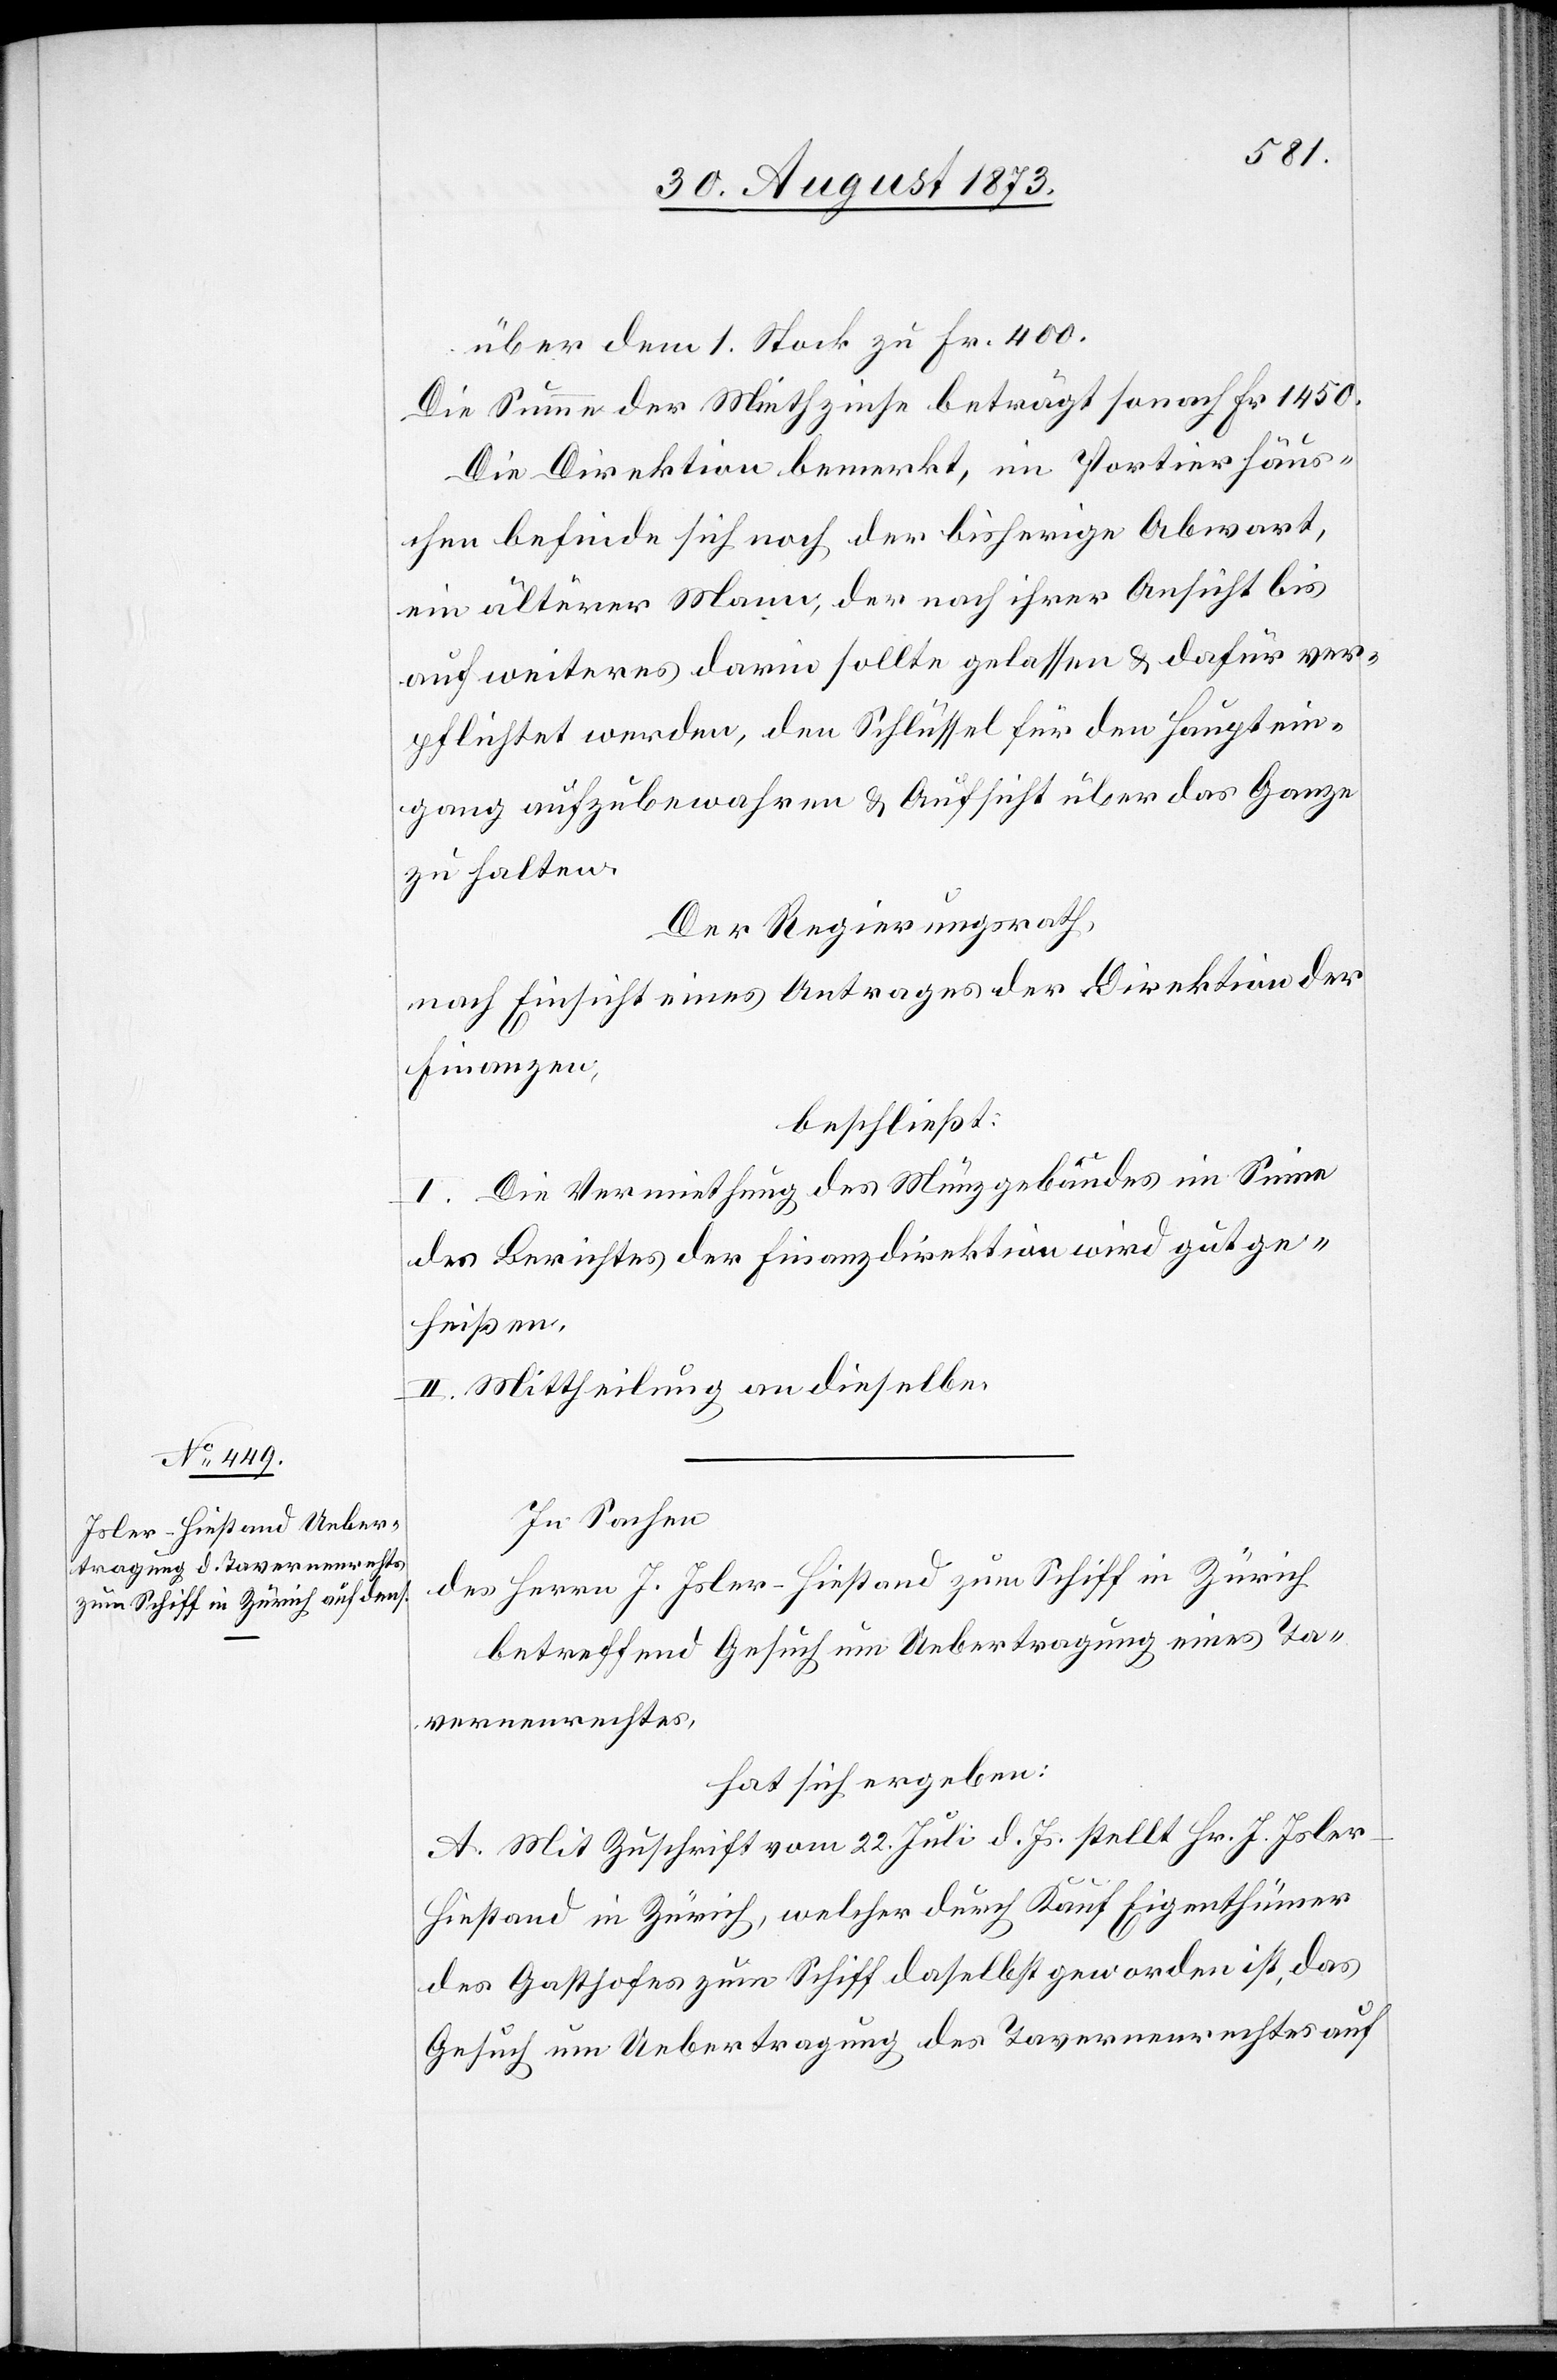
über dem 1. Stock zu Fr. 400.
Die Summe der Miethzinse beträgt sonach Fr 1 450.
Die Direktion bemerkt, im Portierhäus¬
chen befinde sich noch der bisherige Abwart,
ein älterer Mann, der nach ihrer Ansicht bis
auf weiteres darin sollte gelassen & dafür ver¬
pflichtet werden, den Schlüssel für den Hauptein¬
gang aufzubewahren & Aufsicht über das Ganze
zu halten.
Der Regierungsrath,
nach Einsicht eines Antrages der Direktion der
Finanzen,
beschließt:
I. Die Vermiethung des Münzgebäudes im Sinne
des Berichtes der Finanzdirektion wird gutge¬
heißen.
II. Mittheilung an dieselbe.
In Sachen
des Herrn J. Isler-Hiestand zum Schiff in Zürich
betreffend Gesuch um Uebertragung eines Ta¬
vernenrechtes,
hat sich ergeben:
A. Mit Zuschrift vom 22. Juli d. Js. stellt Hr. J. Isle¬
r-Hiestand in Zürich, welcher durch Kauf Eigenthümer
des Gasthofes zum Schiff daselbst geworden ist, das
Gesuch um Uebertragung des Tavernenrechtes auf